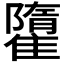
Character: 𩀶